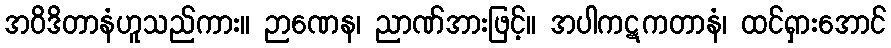
အဝိဒိတာနံဟူသည်ကား။ ဉာဏေန၊ ညာဏ်အားဖြင့်။ အပါကဋကတာနံ၊ ထင်ရှားအောင်